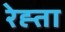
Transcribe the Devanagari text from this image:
रेह्ता